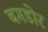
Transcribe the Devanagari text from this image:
बगडोर